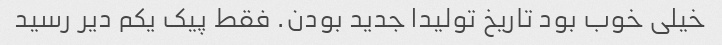
خیلی خوب بود تاریخ تولیدا جدید بودن. فقط پیک یکم دیر رسید